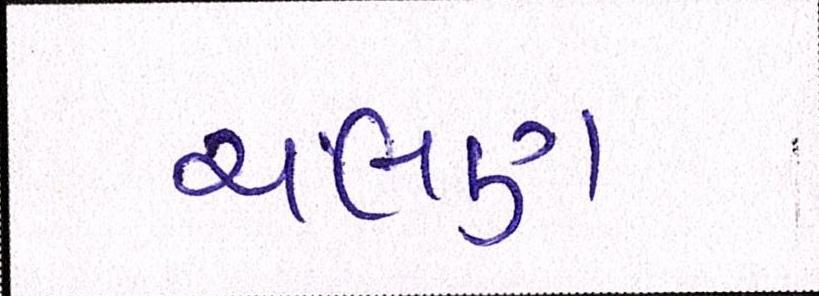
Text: ચલણ